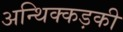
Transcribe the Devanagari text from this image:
अन्थिक्कड़की